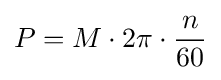
P=M\cdot 2\pi \cdot {n \over 60}